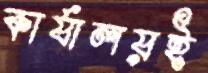
কার্যালয়ই